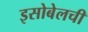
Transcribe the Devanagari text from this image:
इसोबेलची